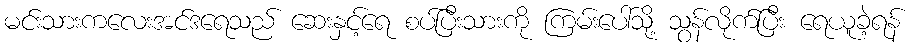
မင်းသားကလေးအင်ဒရေသည် ဆေးနှင့်ရေ စပ်ပြီးသားကို ကြမ်းပေါ်သို့ သွန်လိုက်ပြီး ရေယူခဲ့ရန်